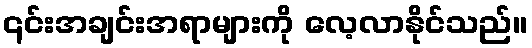
၎င်းအချင်းအရာများကို လေ့လာနိုင်သည်။